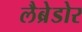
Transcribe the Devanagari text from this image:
लैब्रेडोर